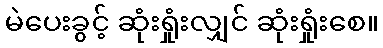
မဲပေးခွင့် ဆုံးရှုံးလျှင် ဆုံးရှုံးစေ။